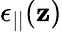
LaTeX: \epsilon_{||}(\mathbf{z})